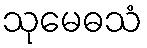
သုမေဓသံ